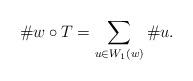
LaTeX: \begin{align*}\#w\circ T=\sum_{u\in W_{1}(w)}\#u.\end{align*}